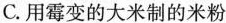
C.用霉变的大米制的米粉